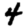
Digit: 4